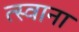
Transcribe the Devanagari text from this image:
त्स्वाना